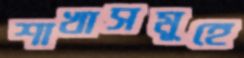
শাখাসমূহে